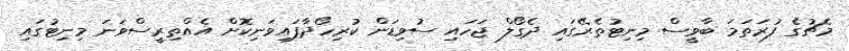
މެޗުގެ ފުރަތަމަ ބާވީސް މިނިޓުތެރޭގައި ދެގޯލް ޖަހައި ސުވިޑަން ކުރިހޯދާފައިވަނިކޮށް އެއްތިރީސްވަނަ މިނިޓުގައި